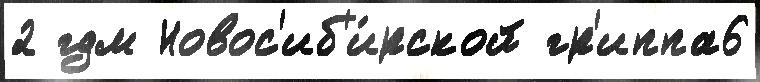
2 гдм Новос'иб'и́рской гр'иппа6